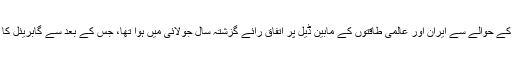
ایران کے ایٹمی پروگرام کے حوالے سے ایران اور عالمی طاقتوں کے مابین ڈیل پر اتفاقِ رائے گزشتہ سال جولائی میں ہوا تھا، جس کے بعد سے گابریئل کا یہ دوسرا دورہٴ ایران ہے۔